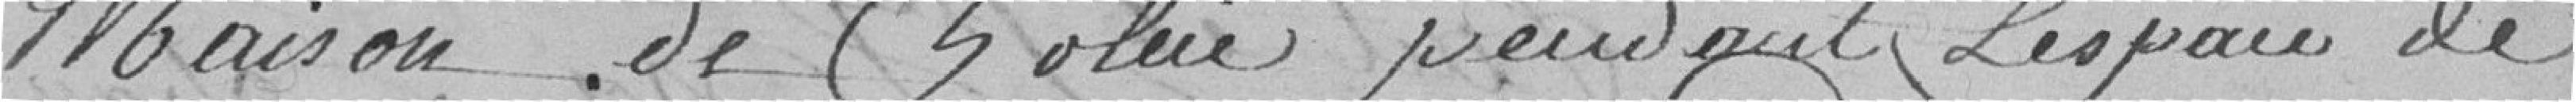
maison de Police pendant  l'espace de